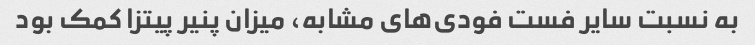
به نسبت سایر فست فودی‌های مشابه، میزان پنیر پیتزا کمک بود